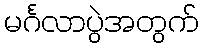
မင်္ဂလာပွဲအတွက်